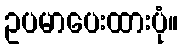
ဥပမာပေးထားပုံ။